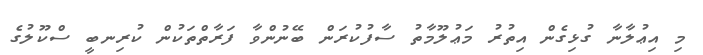
މި އިޢުލާނާ ގުޅިގެން އިތުރު މަޢުލޫމާތު ސާފުކުރަން ބޭނުންވާ ފަރާތްތަކުން ކުރިނބީ ސްކޫލުގެ